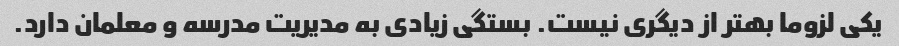
یکی لزوما بهتر از دیگری نیست. بستگی زیادی به مدیریت مدرسه و معلمان دارد.